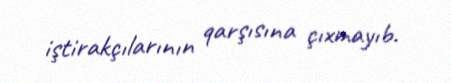
iştirakçılarının qarşısına çıxmayıb.